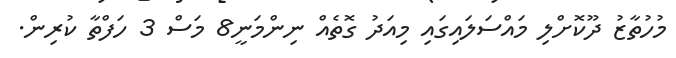
މުހުތާޒު ދޫކޮށްލި މައްސަލައިގައި މިއަދު ގޮތެއް ނިންމަނީ8 މަސް 3 ހަފްތާ ކުރިން.